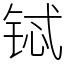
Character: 铽